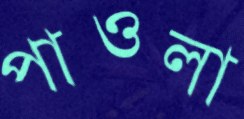
পাওলা